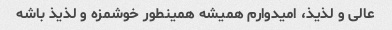
عالی و لذیذ، امیدوارم همیشه همینطور خوشمزه و لذیذ باشه